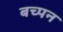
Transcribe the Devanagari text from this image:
बच्पन